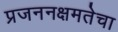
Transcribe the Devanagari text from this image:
प्रजननक्षमतेचा